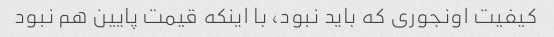
کیفیت اونجوری که باید نبود، با اینکه قیمت پایین هم نبود